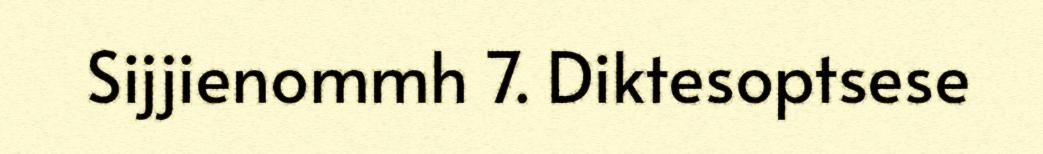
Sijjienommh 7. Diktesoptsese